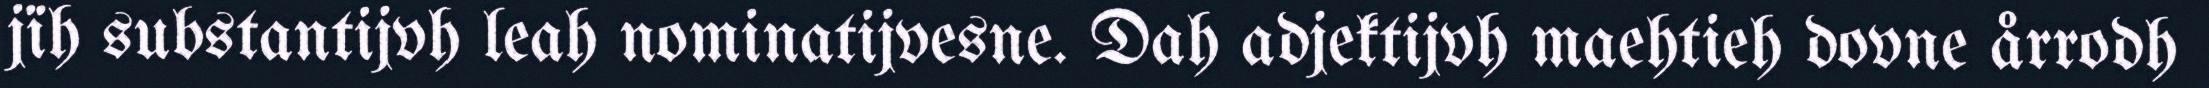
jïh substantijvh leah nominatijvesne. Dah adjektijvh maehtieh dovne årrodh